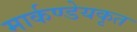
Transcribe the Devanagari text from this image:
मार्कण्डेयकृत